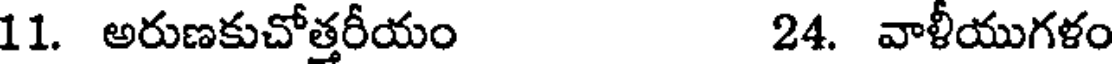
11. అరుణకుచోత్తరీయం 24. వాళీయుగళం